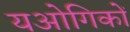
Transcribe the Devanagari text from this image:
यओगिकों